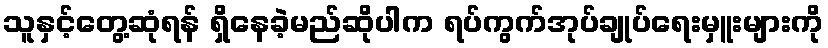
သူနှင့်တွေ့ဆုံရန် ရှိနေခဲ့မည်ဆိုပါက ရပ်ကွက်အုပ်ချုပ်ရေးမှူးများကို